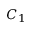
C _ { 1 }